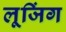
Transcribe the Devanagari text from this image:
लूजिंग